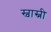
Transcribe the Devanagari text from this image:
स्वास्नी